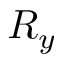
R _ { y }